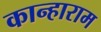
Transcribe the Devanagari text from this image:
कान्हाराम